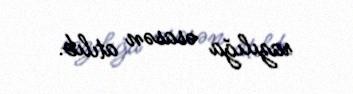
razılığa əsasən atılıb.